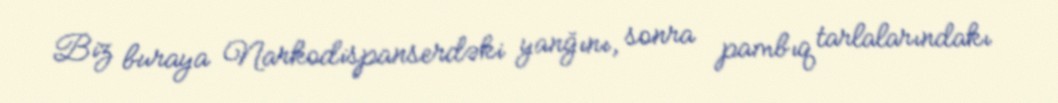
Biz buraya Narkodispanserdəki yanğını, sonra pambıq tarlalarındakı